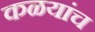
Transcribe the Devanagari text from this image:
कळयांच